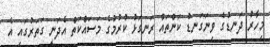
މިހާރު ދަނޑުގެ ވިނަގަނޑު ކަންތައް ރަނގަޅު ކުރުމުގެ މަސައްކަތް އެދަނީ ގަތަރުގައި އެ